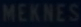
MEKHCE